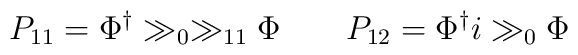
P_{11} = \Phi^\dagger \gg_0 \gg_{11} \Phi \qquad  P_{12} =  \Phi^\dagger i\gg_0 \Phi